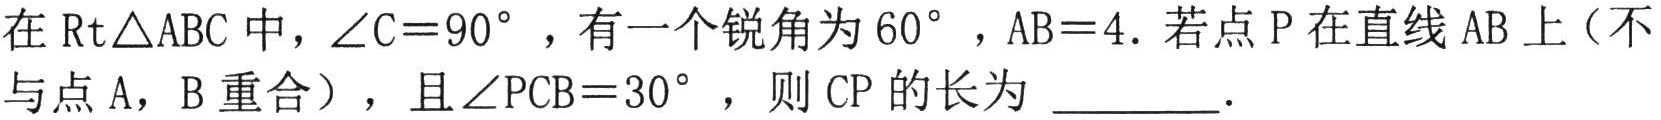
在$\text{Rt}\triangle ABC$中，$\angle C = 90^{\circ}$，有一个锐角为$60^{\circ}$，$AB = 4$．若点$P$在直线$AB$上（不与点$A$，$B$重合），且$\angle PCB = 30^{\circ}$，则$CP$的长为  ．